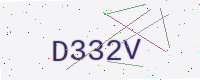
Text: D332V